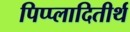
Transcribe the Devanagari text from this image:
पिप्प्लादितीर्थ